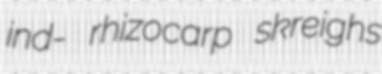
ind- rhizocarp skreighs